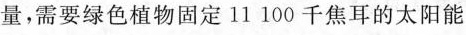
量，需要绿色植物固定11100千焦耳的太阳能